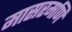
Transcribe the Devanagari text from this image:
मासरमणि